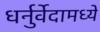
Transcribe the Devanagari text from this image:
धर्नुर्वेदामध्ये